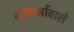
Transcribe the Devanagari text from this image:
गुफाओंवाले